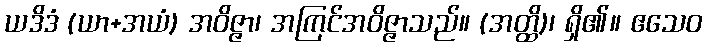
ယဒိဒံ (ယာ+အယံ) အဝိဇ္ဇာ၊ အကြင်အဝိဇ္ဇာသည်။ (အတ္ထိ)၊ ရှိ၏။ ဧသေဝ